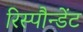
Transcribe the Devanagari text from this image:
रिस्पौन्डेंट